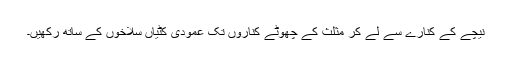
نیچے کے کنارے سے لے کر مثلث کے چھوٹے کناروں تک عمودی کٹیاں سلاخوں کے ساتھ رکھیں۔